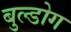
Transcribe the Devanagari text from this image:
बुल्डोग